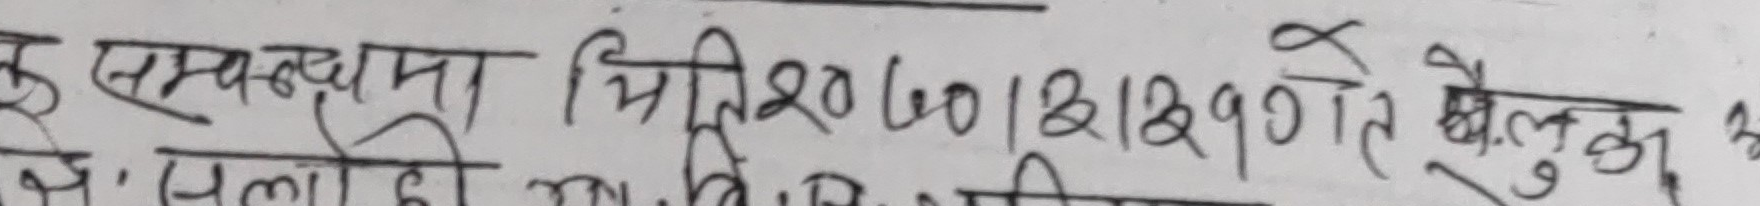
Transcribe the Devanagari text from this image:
हे सम्बन्धमा मिति २०७०।२।२९ गते खैलुगं ३